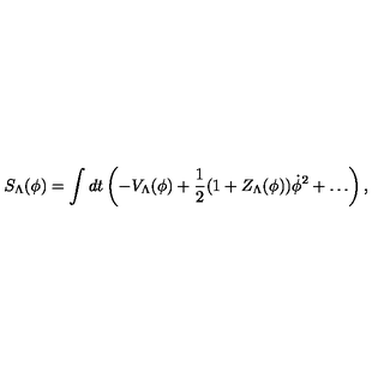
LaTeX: S _ { \Lambda } ( \phi ) = \int d t \left( - V _ { \Lambda } ( \phi ) + { \frac { 1 } { 2 } } ( 1 + Z _ { \Lambda } ( \phi ) ) \dot { \phi } ^ { 2 } + \ldots \right) ,